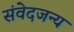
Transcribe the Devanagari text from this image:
संवेदजन्य